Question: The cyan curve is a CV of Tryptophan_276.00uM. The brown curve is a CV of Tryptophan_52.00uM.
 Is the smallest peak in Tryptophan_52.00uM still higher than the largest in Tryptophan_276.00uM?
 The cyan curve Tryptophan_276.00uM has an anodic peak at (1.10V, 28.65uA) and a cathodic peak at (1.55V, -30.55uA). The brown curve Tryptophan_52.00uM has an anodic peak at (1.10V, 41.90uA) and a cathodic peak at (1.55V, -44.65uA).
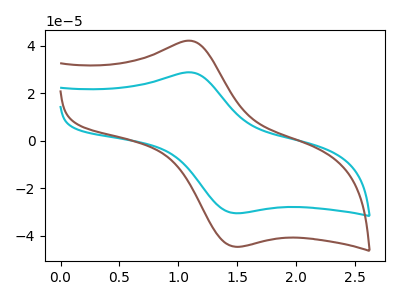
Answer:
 <answer>Every peak in "Tryptophan_52.00uM" is higher than every peak in "Tryptophan_276.00uM".</answer>
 <eval>higher</eval>